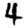
Digit: 4